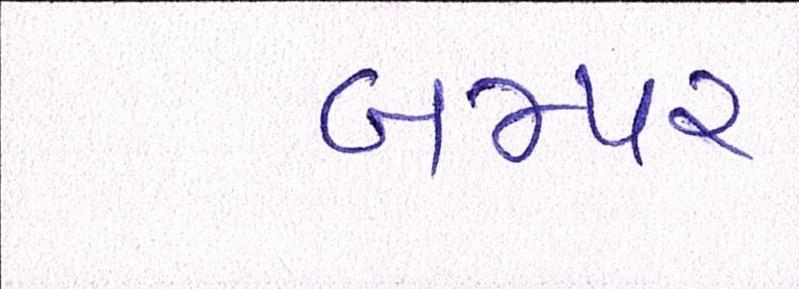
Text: બમ્પર